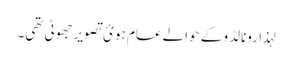
لہذا رونالڈو کے حوالے عام ہوئ تصویر جھوٹی تھی۔